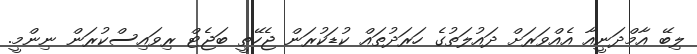
ލިބޭ އާމްދަނީއާ އެއްވަރަށް ދައުލަތުގެ ހަރަދުތައް ކުޑަކުރަން ޖެހޭތީ ބަޖެޓް ރިވައިސްކުރަން ނިންމީ.